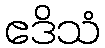
ဧဒိသံ